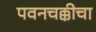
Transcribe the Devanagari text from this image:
पवनचक्कीचा